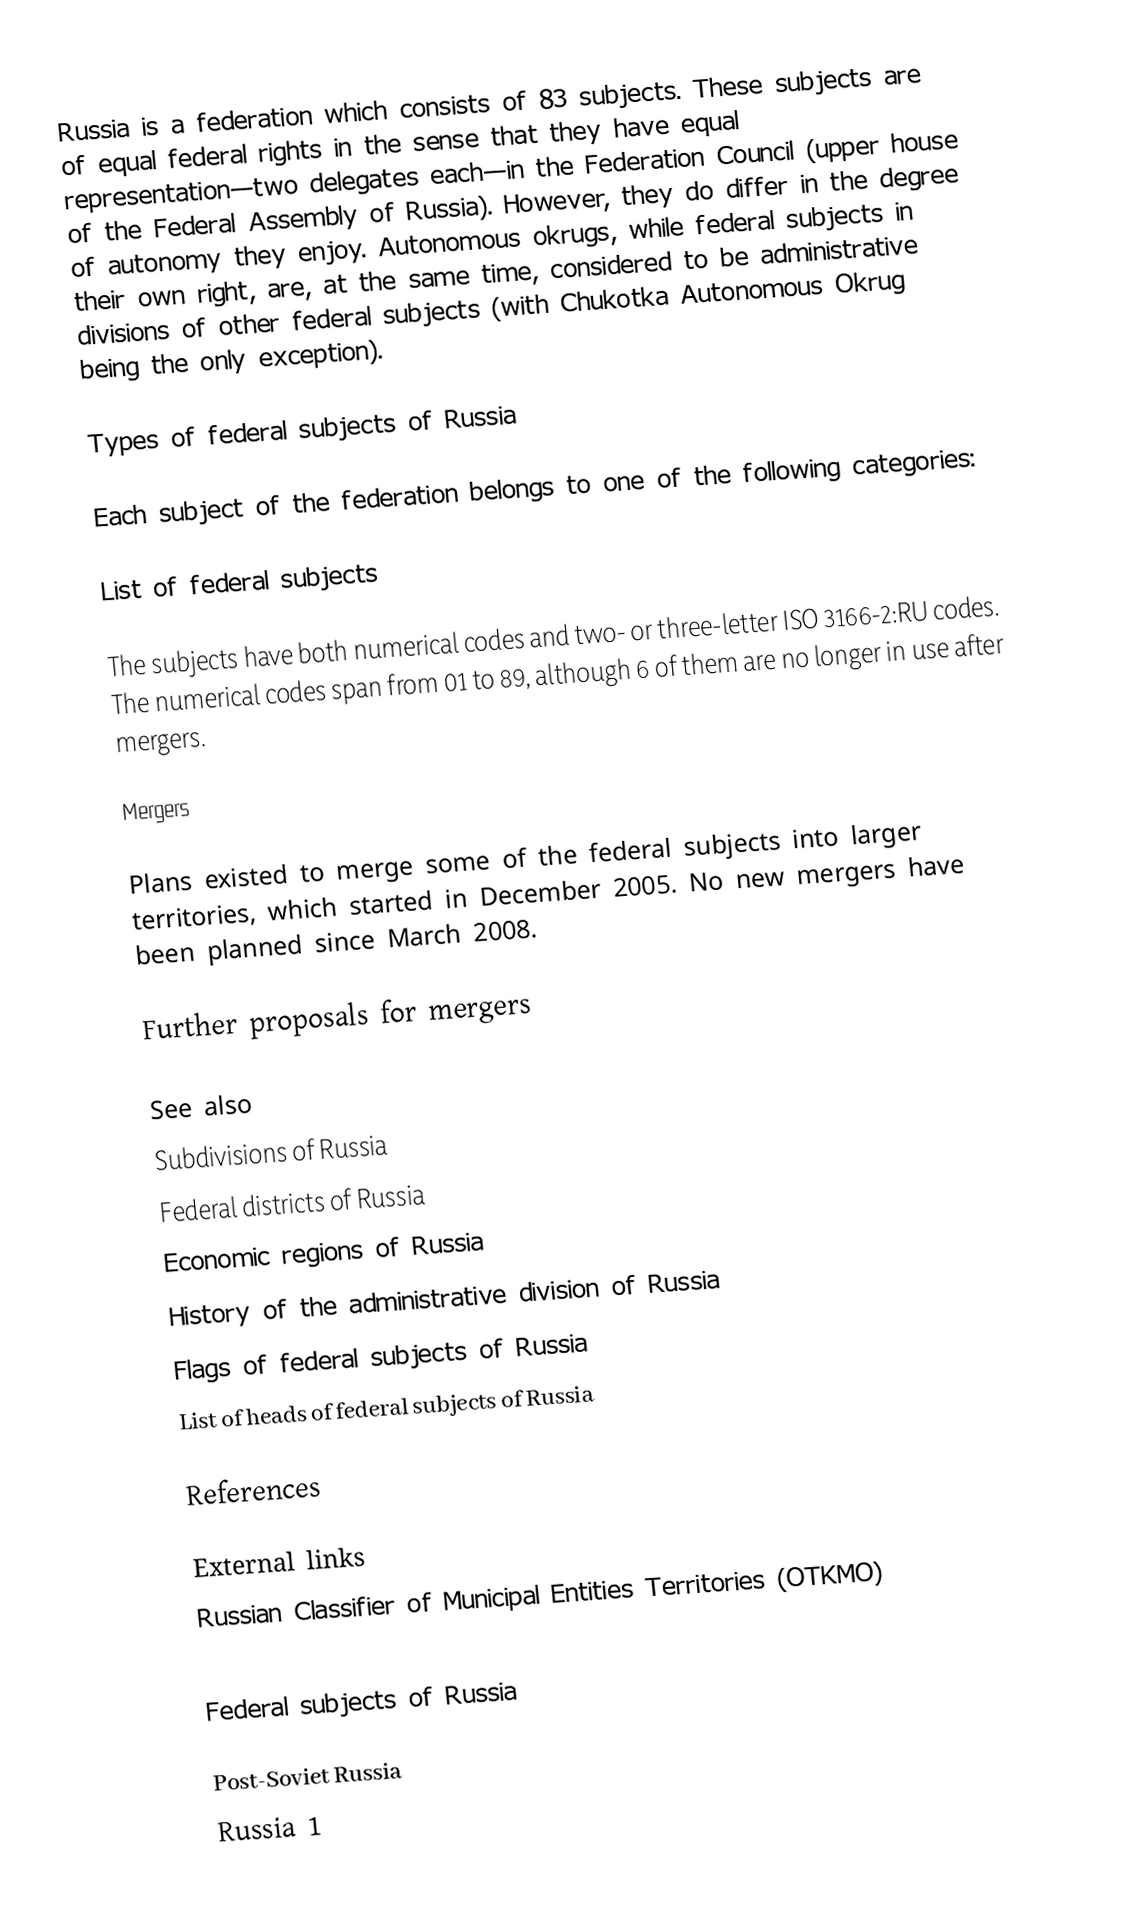
Russia is a federation which consists of 83 subjects.  These subjects are of equal federal rights in the sense that they have equal representation—two delegates each—in the Federation Council (upper house of the Federal Assembly of Russia). However, they do differ in the degree of autonomy they enjoy. Autonomous okrugs, while federal subjects in their own right, are, at the same time, considered to be administrative divisions of other federal subjects (with Chukotka Autonomous Okrug being the only exception).

Types of federal subjects of Russia

Each subject of the federation belongs to one of the following categories:

List of federal subjects

The subjects have both numerical codes and two- or three-letter ISO 3166-2:RU codes. The numerical codes span from 01 to 89, although 6 of them are no longer in use after mergers.

Mergers

Plans existed to merge some of the federal subjects into larger territories, which started in December 2005. No new mergers have been planned since March 2008.

Further proposals for mergers

See also
 Subdivisions of Russia
 Federal districts of Russia
 Economic regions of Russia
 History of the administrative division of Russia
 Flags of federal subjects of Russia
 List of heads of federal subjects of Russia

References

External links
 Russian Classifier of Municipal Entities Territories (OTKMO)

Federal subjects of Russia

Post-Soviet Russia
Russia 1